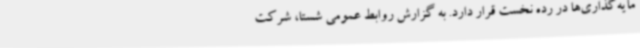
مایه‌گذاری‌ها در رده نخست قرار دارد. به گزارش روابط عمومی شستا، شرکت